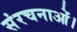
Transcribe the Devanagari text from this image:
संरचनाओं।